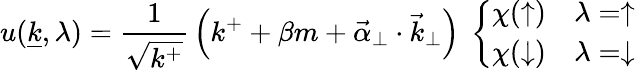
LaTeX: u({\underline{{k}}},\lambda)={\frac{1}{\sqrt{k^{+}}}}\left(k^{+}+\beta m+{\vec{\alpha}}_{\perp}\cdot{\vec{k}}_{\perp}\right)\ \left\{ \begin{array}{ll}{{\chi(\uparrow)}}&{{\lambda=\uparrow}}\\ {{\chi(\downarrow)}}&{{\lambda=\downarrow}}\end{array}\right.